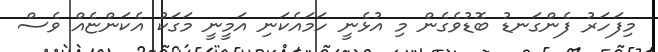
މިފަހަރު ފެންގަނޑު ބޮޑުވެގެން މި އުޅެނީ ހަމައެކަނި އަމީނީ މަގަކު އެކަންޏެއް ވެސް